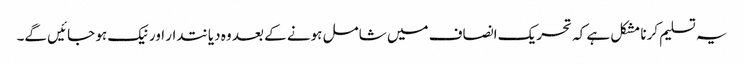
یہ تسلیم کرنا مشکل ہے کہ تحریک انصاف میں شامل ہونے کے بعد وہ دیانتدار اور نیک ہو جائیں گے۔